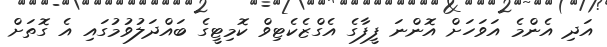
އަދި އެންމެ އަވަހަށް އޮންނަ ފީފާގެ އެގްޒެކެޓިވް ކޮމިޓީގެ ބައްދަލުވުމުގައި އެ ގޮތަށް